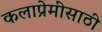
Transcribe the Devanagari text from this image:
कलाप्रेमींसाठी